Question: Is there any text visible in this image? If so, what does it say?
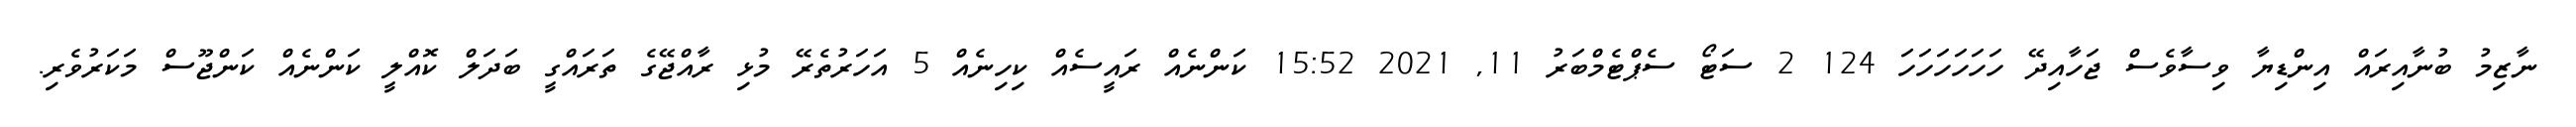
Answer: ނާޒިމު ބުނާއިރައް އިންޑިޔާ ވިސާވެސް ޖަހާއިދޭ ހަހަހަހަހަހަ 124 2 ސަޓޯ ސެޕްޓެމްބަރު 11, 2021 15:52 ކަންނެއް ރައީސެއް ކިހިނެއް 5 އަހަރުތެރޭ މުޅި ރާއްޖޭގެ ތަރައްގީ ބަދަލް ކޮއްލީ ކަންނެއް ކަންޖޫސް މަކަރުވެރި.